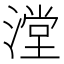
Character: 漟